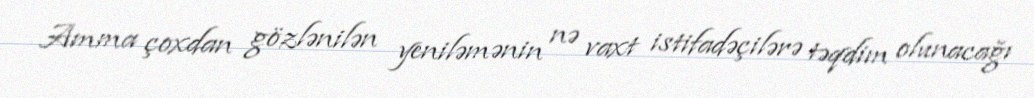
Amma çoxdan gözlənilən yeniləmənin nə vaxt istifadəçilərə təqdim olunacağı